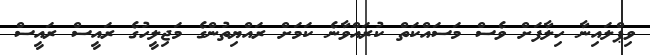
ވިޕްލައިނާ ހިލާފަށް ވެސް މަސައްކަތް ކުރައްވާނެ ކަމަށް ރައްޔިތުންގެ މަޖިލީހުގެ ރައީސް ރައީސް